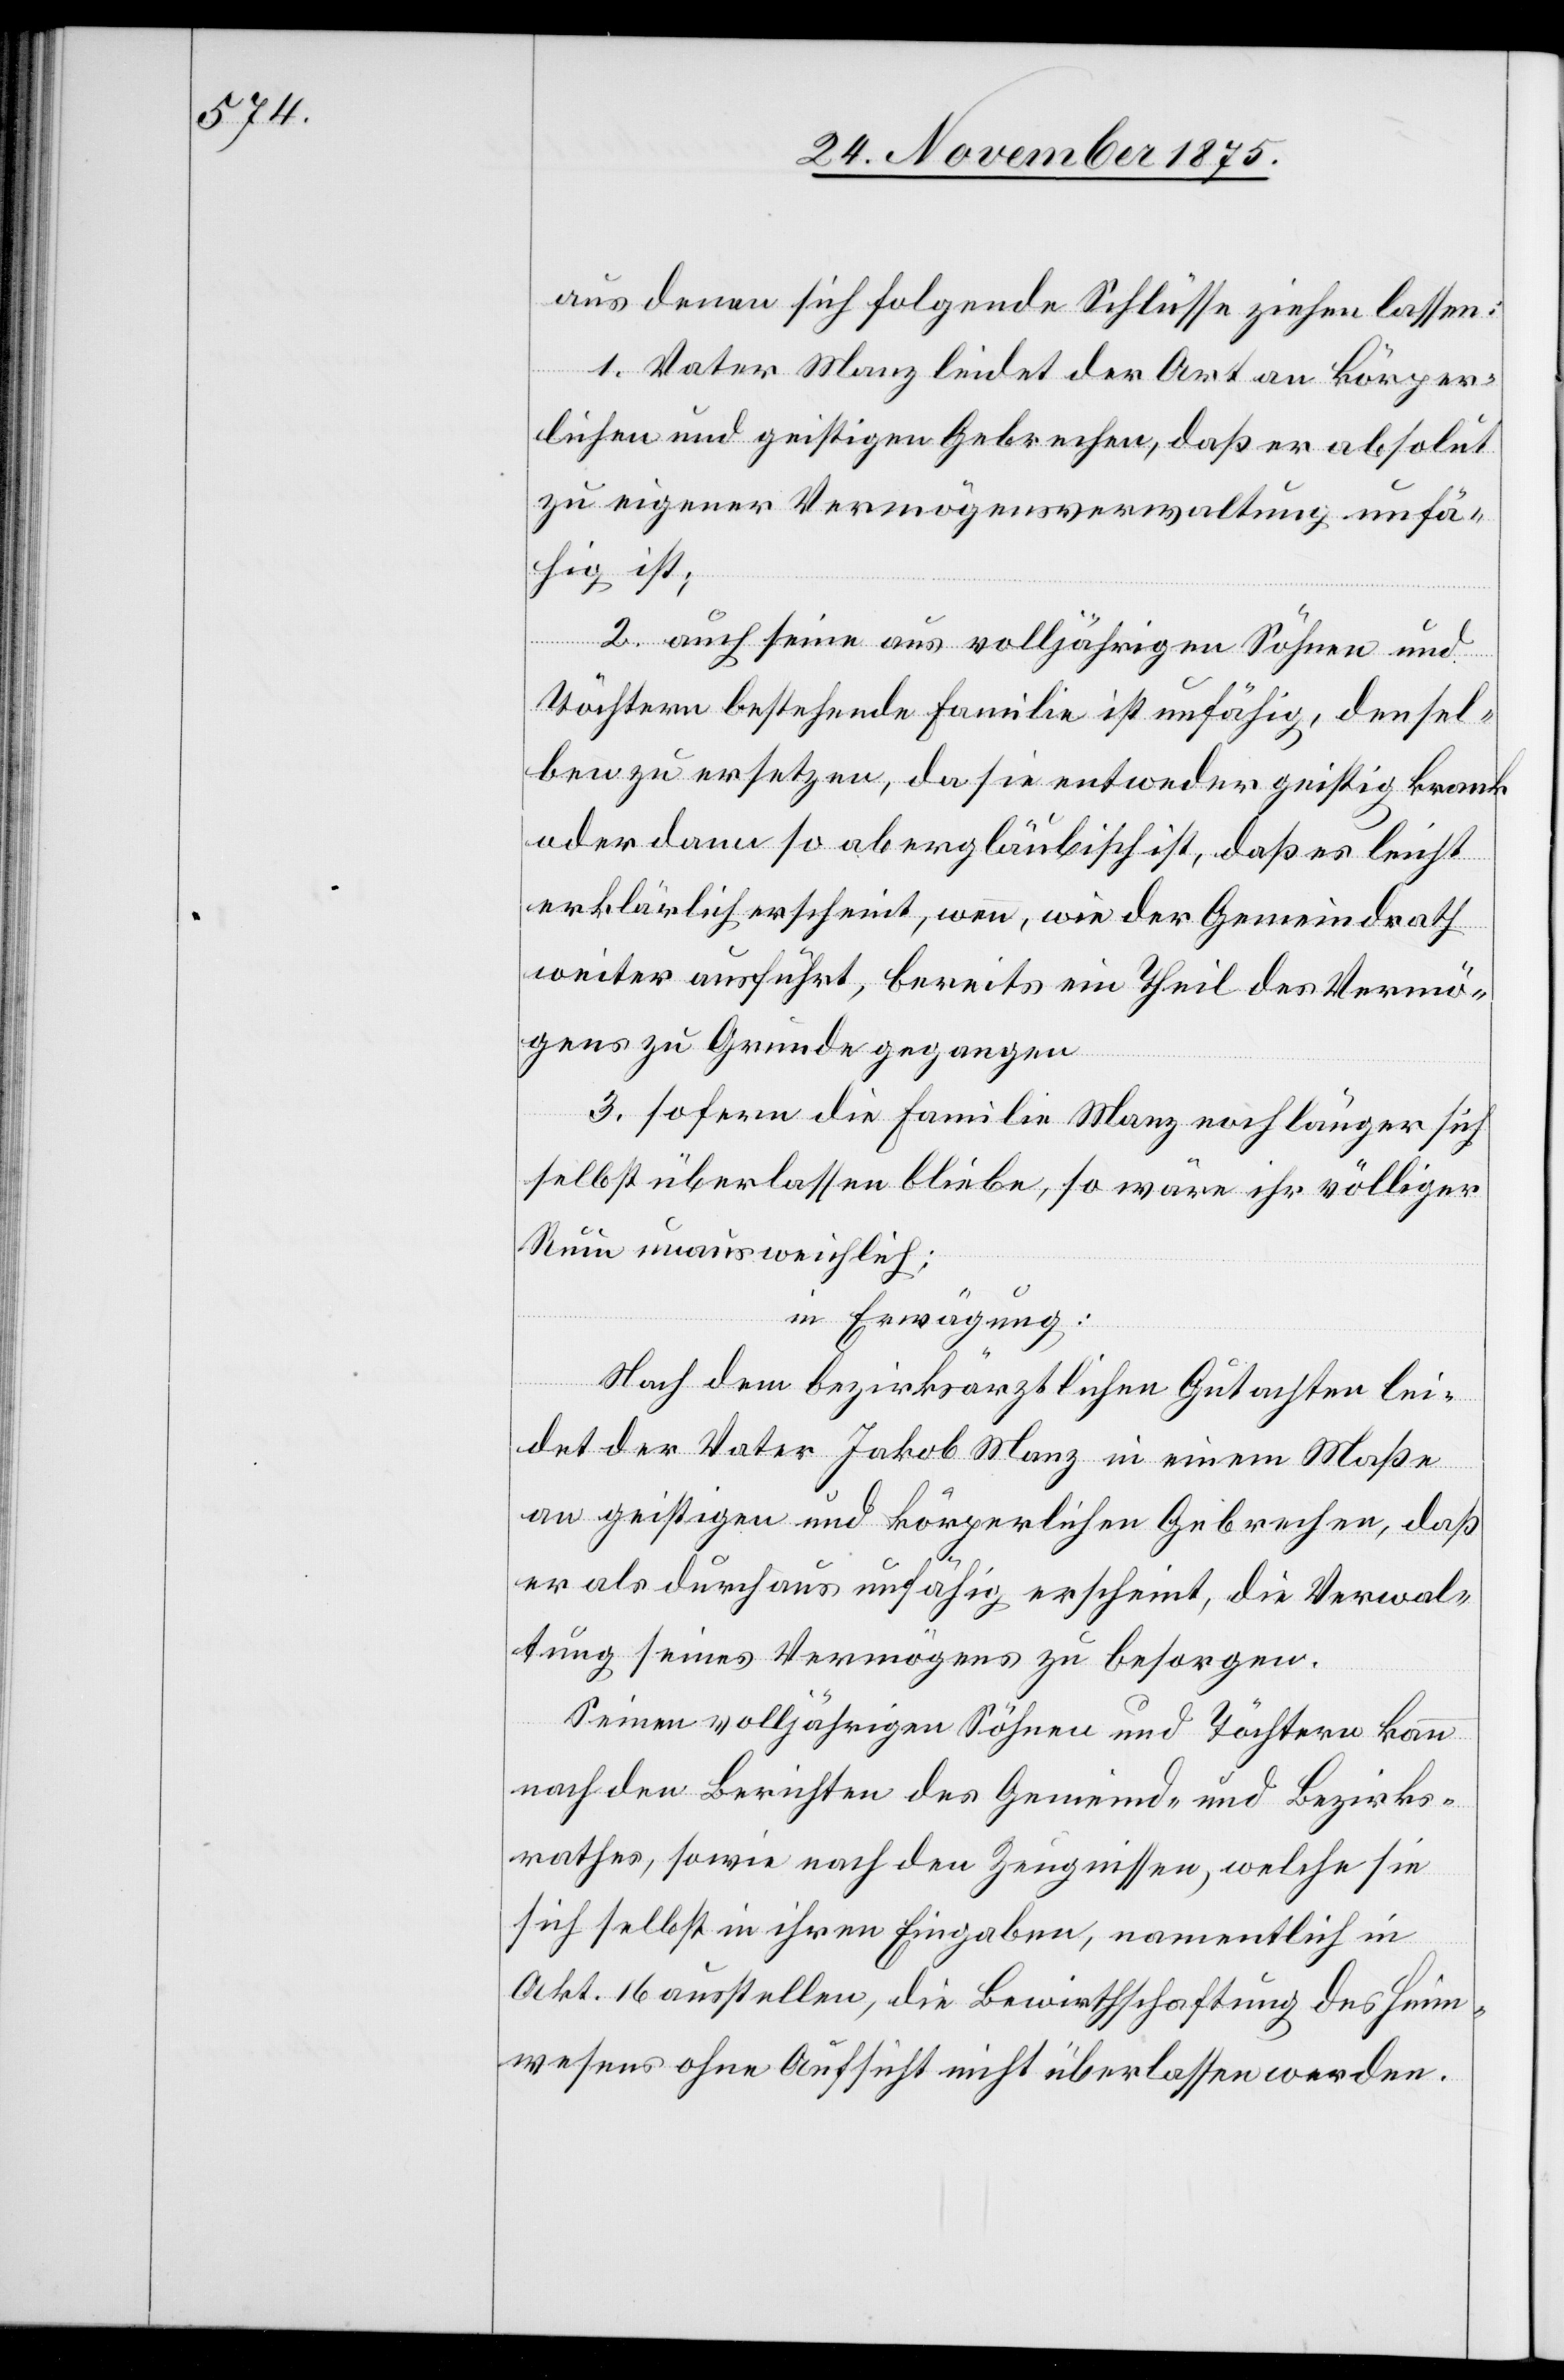
aus denen sich folgende Schlüsse ziehen lassen:
1. Vater Manz leidet der Art an körper¬
lichen und geistigen Gebrechen, daß er absolut
zu eigener Vermögensverwaltung unfä¬
hig ist;
2. auch seine aus volljährigen Söhnen und
Töchtern bestehende Familie ist unfähig, densel¬
ben zu ersetzen, da sie entweder geistig krank
oder dann so abergläubisch ist, daß es leicht
erklärlich erscheint, wenn, wie der Gemeindrath
weiter ausführt, bereits ein Theil des Vermö¬
gens zu Grunde gegangen[;]
3. sofern die Familie Manz noch länger sich
selbst überlassen bliebe, so wäre ihr völliger
Ruin unausweichlich;
in Erwägung:
Nach dem bezirksärztlichen Gutachten lei¬
det der Vater Jakob Manz in einem Maße
an geistigen und körperlichen Gebrechen, daß
er als durchaus unfähig erscheint, die Verwal¬
tung seines Vermögens zu besorgen.
Seinen volljährigen Söhnen und Töchtern kann
nach den Berichten des Gemeind- und Bezirks¬
rathes, sowie nach den Zeugnissen, welche sie
sich selbst in ihren Eingaben, namentlich in
Akt. 16 ausstellen, die Bewirthschaftung des Heim¬
wesens ohne Aufsicht nicht überlassen werden.